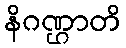
နိဂဏ္ဌာတိ